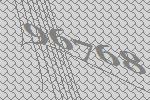
96768